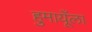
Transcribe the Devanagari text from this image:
हुमायूँला